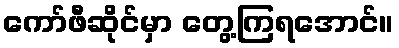
ကော်ဖီဆိုင်မှာ တွေ့ကြရအောင်။